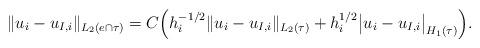
LaTeX: \begin{align*}\|u_i - u_{I,i} \|_{L_2(e \cap \tau)}& = C \Big( h_i^{-1/2} \|u_i - u_{I,i} \|_{L_2(\tau)}+h_i^{1/2} \big|u_i - u_{I,i} \big|_{H_1(\tau)}\Big).\end{align*}